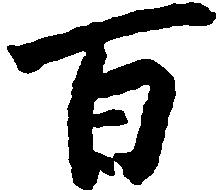
百